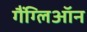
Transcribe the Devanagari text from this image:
गैंग्लिऑन